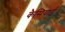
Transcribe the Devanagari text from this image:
कैसियाई